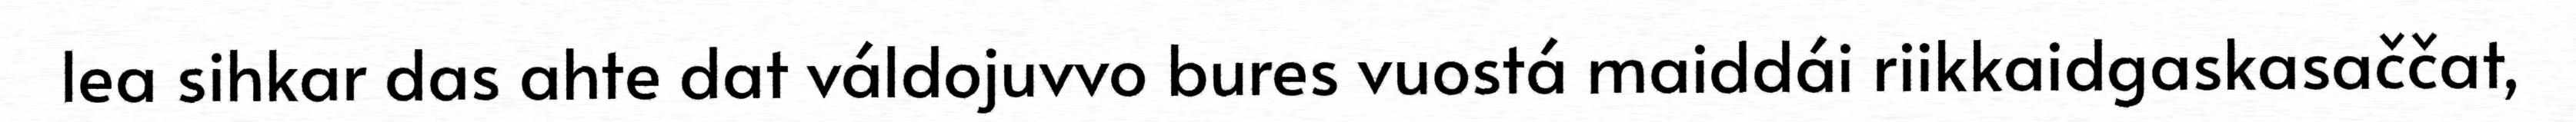
lea sihkar das ahte dat váldojuvvo bures vuostá maiddái riikkaidgaskasaččat,